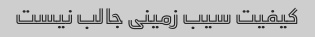
کیفیت سیب زمینی جالب نیست